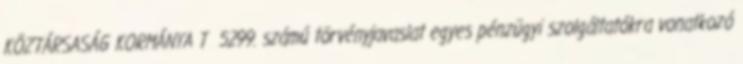
KÖZTÁRSASÁG KORMÁNYA T 5299. számú törvényjavaslat egyes pénzügyi szolgáltatókra vonatkozó